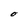
Character: O